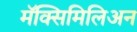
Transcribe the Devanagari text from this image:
मॅक्सिमिलिअन